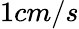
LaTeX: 1cm/s